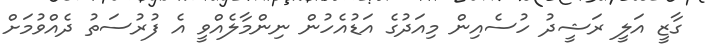
ގާޒީ އަލީ ރަޝީދު ހުސެއިން މިއަދުގެ އަޑުއެހުން ނިންމާލެއްވީ އެ ފުރުސަތު ދެއްވުމަށް